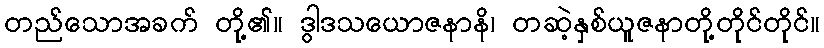
တည်သောအခက် တို့၏။ ဒွါဒသယောဇနာနိ၊ တဆဲ့နှစ်ယူဇနာတို့တိုင်တိုင်။